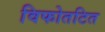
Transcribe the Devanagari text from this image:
विफोतटित